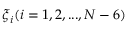
\boldsymbol { \xi } _ { i } ( i = 1 , 2 , . . . , N - 6 )